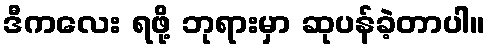
ဒီကလေး ရဖို့ ဘုရားမှာ ဆုပန်ခဲ့တာပါ။